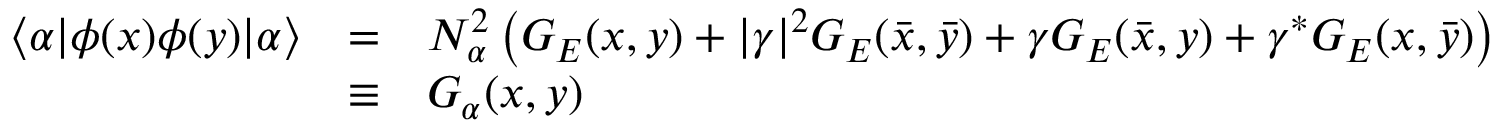
\begin{array} { l l l } { { \langle \alpha | \phi ( x ) \phi ( y ) | \alpha \rangle } } & { { = } } & { { N _ { \alpha } ^ { 2 } \left( G _ { E } ( x , y ) + | \gamma | ^ { 2 } G _ { E } ( \bar { x } , \bar { y } ) + \gamma G _ { E } ( \bar { x } , y ) + \gamma ^ { * } G _ { E } ( x , \bar { y } ) \right) } } \\ { { } } & { { \equiv } } & { { G _ { \alpha } ( x , y ) } } \end{array}